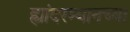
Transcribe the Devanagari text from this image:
ह्यांदरम्यानच्या